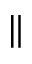
\Vert